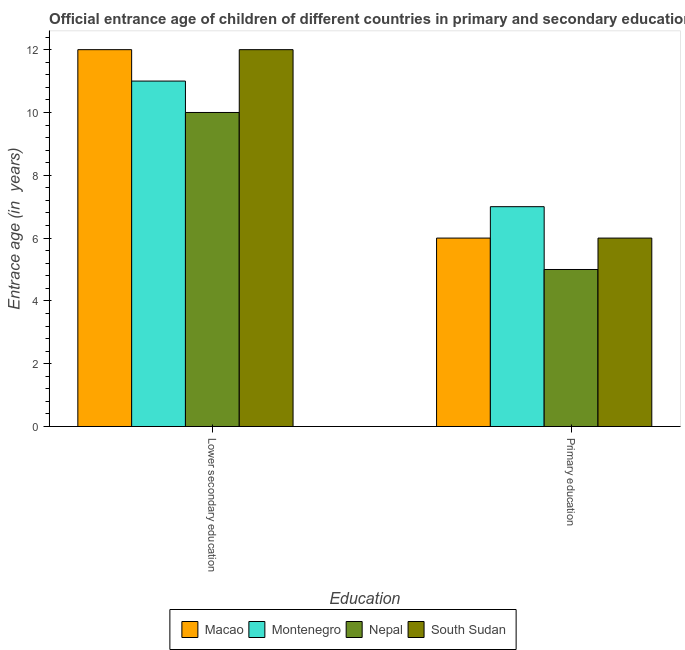
| Education | Macao | Montenegro | Nepal | South Sudan |
 | --- | --- | --- | --- | --- |
 | Lower secondary education | 12 | 11 | 10 | 12 |
 | Primary education | 6 | 7 | 5 | 6 |